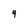
Character: q